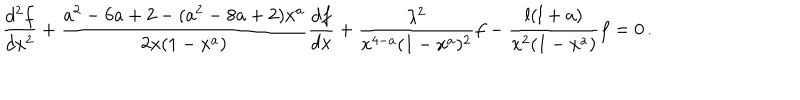
\frac { d ^ { 2 } f } { d x ^ { 2 } } + \frac { a ^ { 2 } - 6 a + 2 - ( a ^ { 2 } - 8 a + 2 ) x ^ { a } } { 2 x ( 1 - x ^ { a } ) } \frac { d f } { d x } + \frac { \lambda ^ { 2 } } { x ^ { 4 - a } ( 1 - x ^ { a } ) ^ { 2 } } f - \frac { l ( l + a ) } { x ^ { 2 } ( 1 - x ^ { a } ) } f = 0 \, .